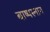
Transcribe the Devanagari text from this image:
बाष्पस्नान